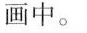
画中。